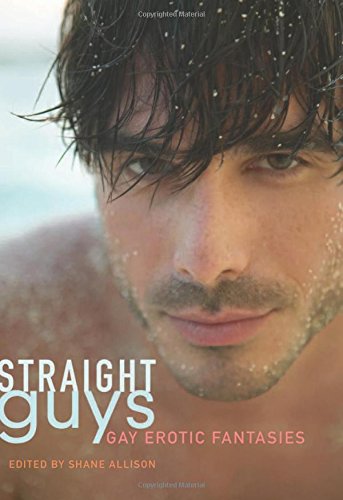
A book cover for Straight Guys: Gay Erotic Fantasies; Romance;